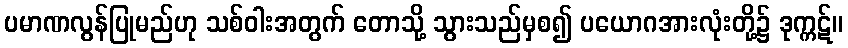
ပမာဏလွန်ပြုမည်ဟု သစ်ဝါးအတွက် တောသို့ သွားသည်မှစ၍ ပယောဂအားလုံးတို့၌ ဒုက္ကဋ်။